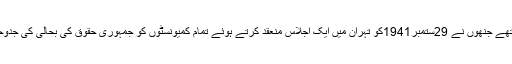
اپنی رہائی کے محض دس دن بعد کامریڈ تقی ارانی کے یہ تربیت یافتہ کامریڈ ہی تھے جنھوں نے 29ستمبر1941کو تہران میں ایک اجلاس منعقد کرتے ہوئے تمام کمیونسٹوں کو جمہوری حقوق کی بحالی کی جدوجہد میں واپس لانے کے لیے ایک کمیٹی تشکیل دی اور اس کا پروگرام منظور کیا ۔